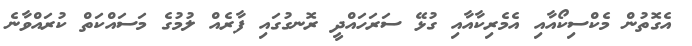
އެގޮތުން މެކްސިކޯއާއި އެމެރިކާއާއި ގުޅޭ ސަރަހައްދީ ރޮނގުގައި ފާރެއް ލުމުގެ މަސައްކަތް ކުރައްވާނެ